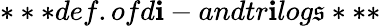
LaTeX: ***def.ofd\mathbf{i}-andtr\mathbf{i}log\mathfrak{s}***